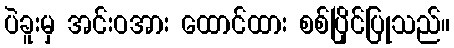
ပဲခူးမှ အင်းဝအား ထောင်ထား စစ်ပြိုင်ပြုသည်။